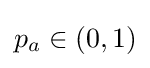
p_{a}\in (0,1)